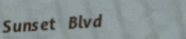
Sunset Blvd